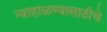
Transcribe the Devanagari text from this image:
न्याहाळण्यासाठीचे